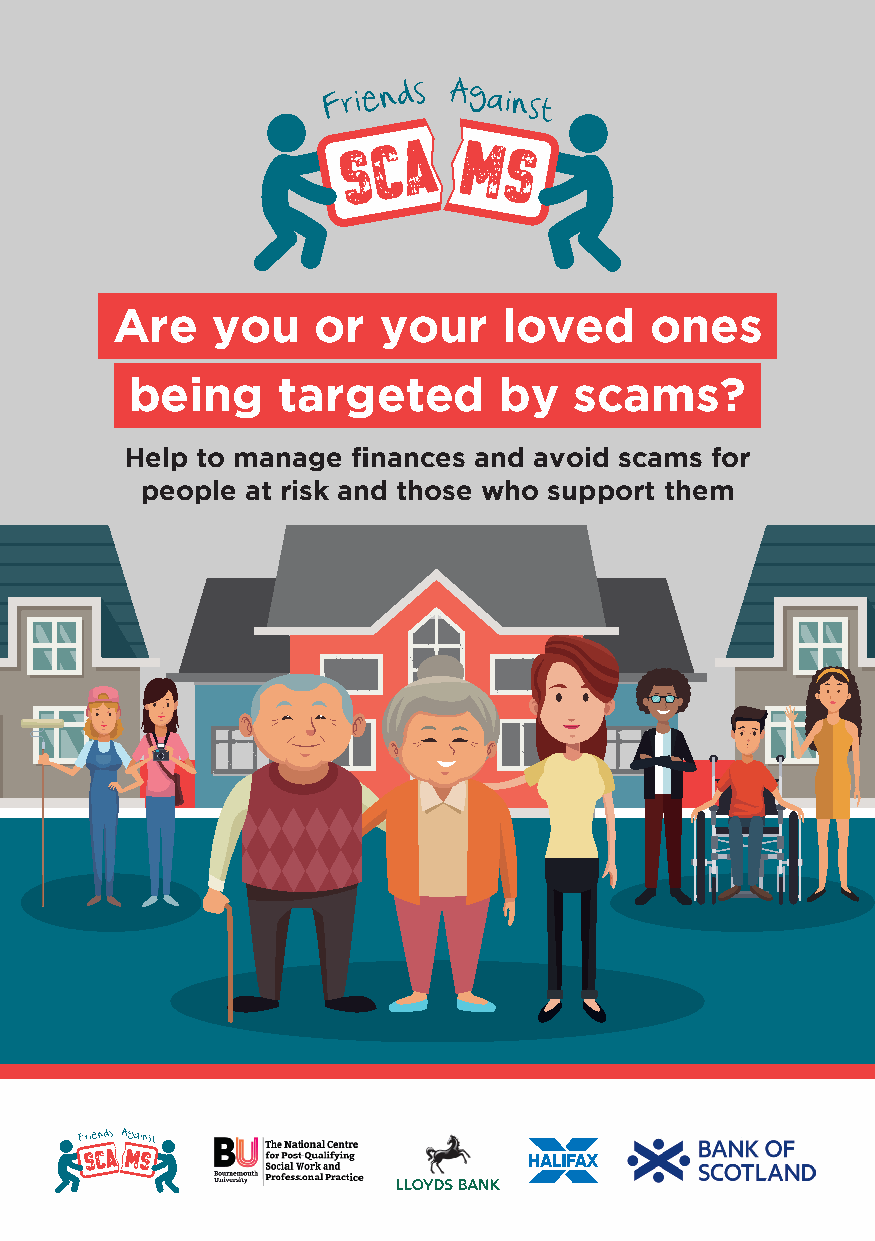
Are    you    or  your    loved     ones
 being    targeted       by   scams?
 Help to manage finances and avoid scams for
 people at risk and those who support them